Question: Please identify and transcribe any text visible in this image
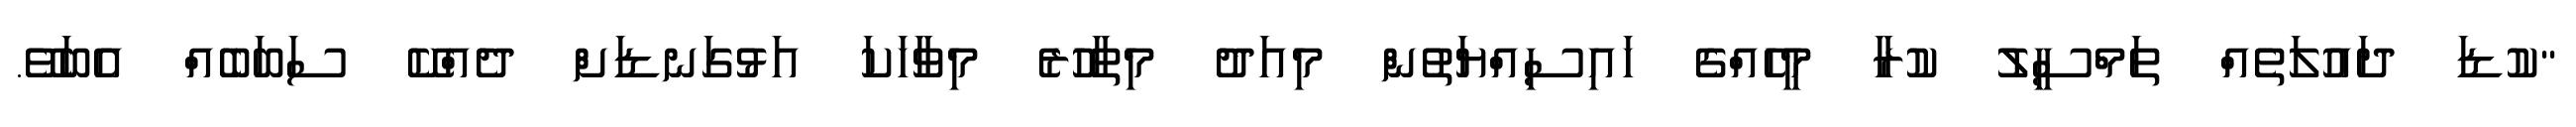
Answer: "ކުޑަ ދައުލަތެއް ތަމްސީލު ކުރާ މީހެއްގެ ހައިސިއްޔަތުން މިއަދު މިތާހުރެ މިވާހަކަ އަޅުގަނޑަށް ދެއްކޭ ސަބަބެއް އެބަވޭ.